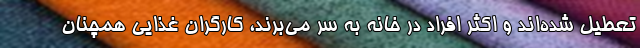
تعطیل شده‌اند و اکثر افراد در خانه به سر می‌برند، کارگران غذایی همچنان